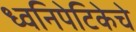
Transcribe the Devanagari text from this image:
ध्वनिपेटिकेचे